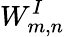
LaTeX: W_{m,n}^{I}